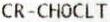
CR-CHOCLT